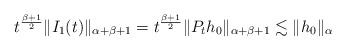
\begin{align*}t^{\frac{\beta+1}{2}}\|I_1(t)\|_{\alpha+\beta+1}=t^{\frac{\beta+1}{2}}\|P_th_0\|_{\alpha+\beta+1}\lesssim \|h_0\|_\alpha\end{align*}